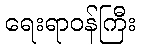
ရေးရာဝန်ကြီး